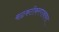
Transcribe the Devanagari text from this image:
बळकटीकरणाबाबत